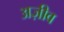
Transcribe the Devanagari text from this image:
अज़ीव